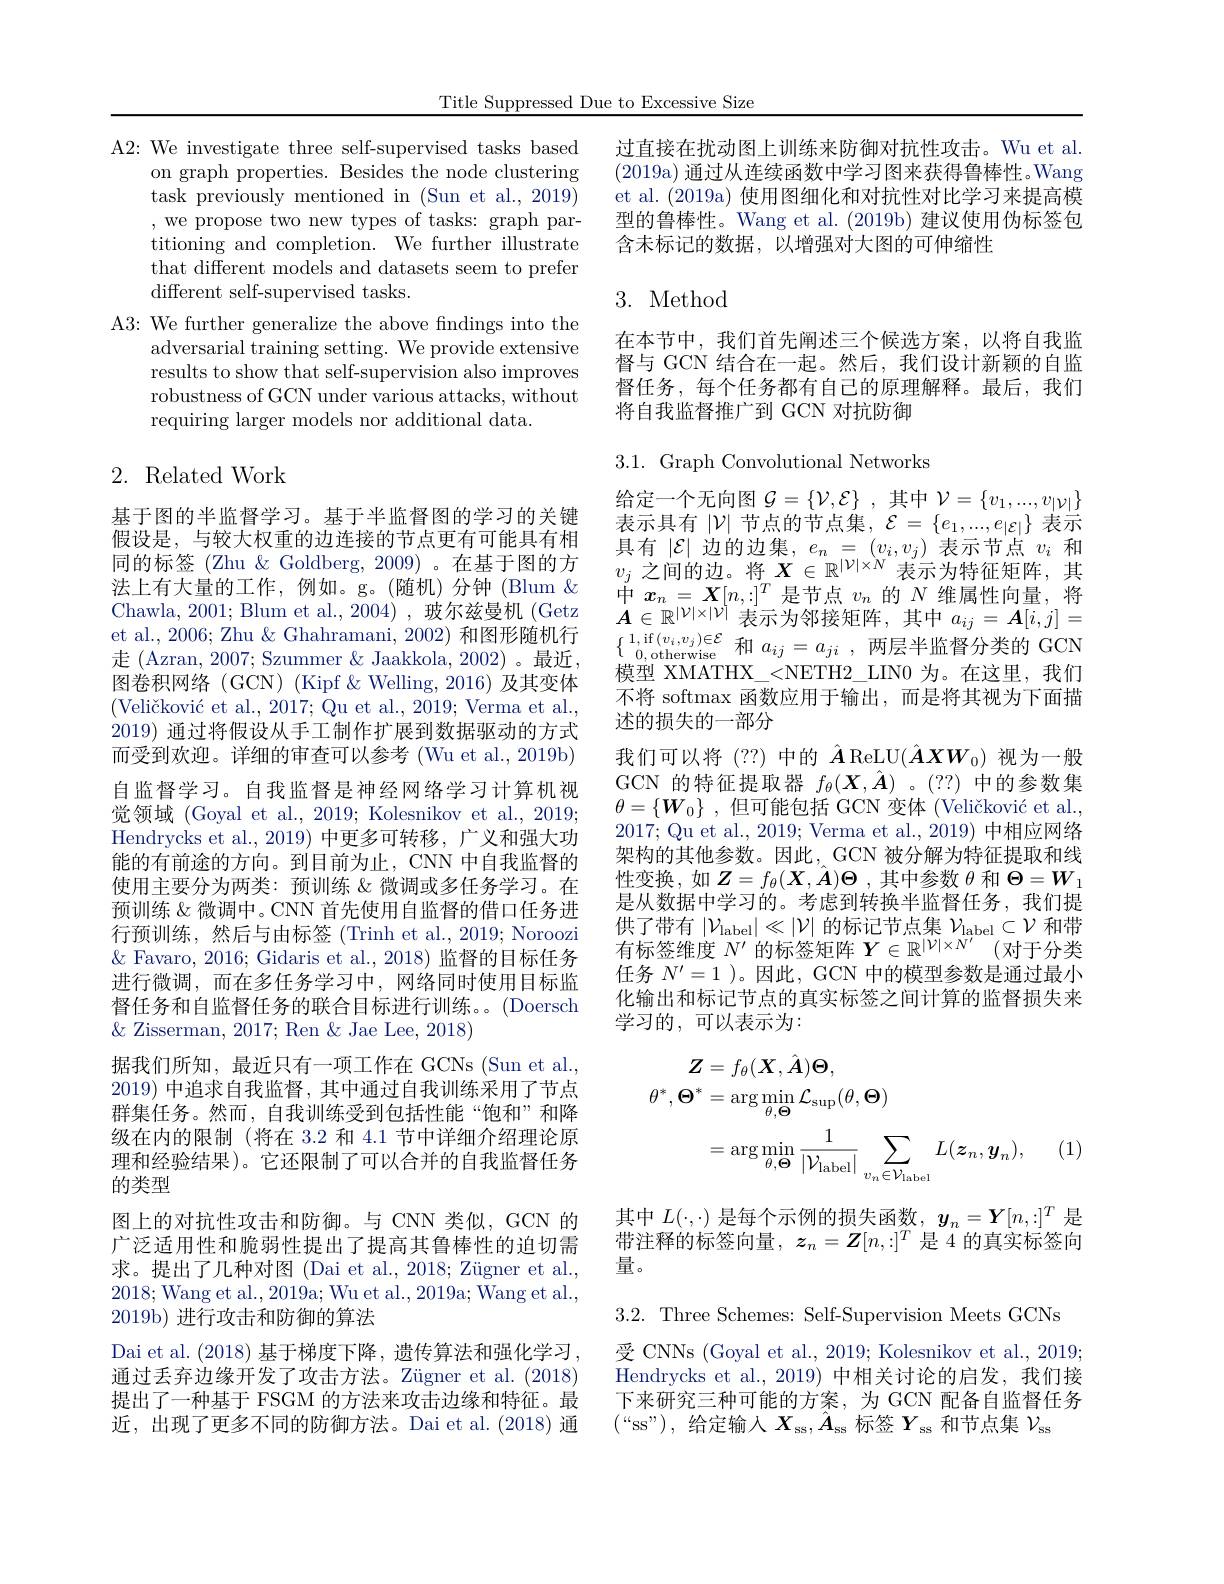
Title Suppressed Due to Excessive Size

A2: We investigate three self-supervised tasks based
on graph properties. Besides the node clustering task previously mentioned in (Sun et al., 2019) ,we propose two new types of tasks: graph partitioning and completion. We further illustrate that different models and datasets seem to prefer different self-supervised tasks.
A3: We further generalize the above fndings into the
adversarial training setting. We provide extensive results to show that self-supervision also improves robustness of GCN under various attacks, without requiring larger models nor additional data.

## 2. Related Work

基于图的半监督学习。基于半监督图的学习的关键假设是，与较大权重的边连接的节点更有可能具有相同的标签 (Zhu & Goldberg, 2009) 。在基于图的方法上有大量的工作，例如。g。(随机)分钟(Blum & Chawla, 2001; Blum et al., 2004), 玻尔兹曼机 (Getz et al., 2006; Zhu & Ghahramani, 2002) 和图形随机行走 (Azran, 2007; Szummer & Jaakkola, 2002)。最近， 图卷积网络 (GCN) (Kipf &Welling,2016) 及其变体$( \text{Veli\v {c}kovi\' {c}etal. , 2017; Quetal. , 2019; Vermaetal. }$, 2019) 通过将假设从手工制作扩展到数据驱动的方式而受到欢迎。详细的审查可以参考 (Wu et al., 2019b) 自监督学习。自我监督是神经网络学习计算机视觉领域 (Goyal et al., 2019; Kolesnikov et al., 2019; Hendrycks et al., 2019) 中更多可转移，广义和强大功能的有前途的方向。到目前为止，CNN 中自我监督的使用主要分为两类：预训练 &微调或多任务学习。在预训练&微调中。CNN 首先使用自监督的借口任务进行预训练，然后与由标签(Trinh et al., 2019; Noroozi $\&$ Favaro, 2016; Gidaris et al., 2018) 监督的目标任务进行微调，而在多任务学习中，网络同时使用目标监督任务和自监督任务的联合目标进行训练。。(Doersch) $\&$ Zisserman, 2017; Ren & Jae Lee, 2018)
据我们所知，最近只有一项工作在 GCNs (Sun et al. 2019) 中追求自我监督，其中通过自我训练采用了节点群集任务。然而，自我训练受到包括性能“饱和”和降级在内的限制 (将在 3.2 和 4.1 节中详细介绍理论原理和经验结果)。它还限制了可以合并的自我监督任务的类型
图上的对抗性攻击和防御。与 CNN 类似，GCN 的广泛适用性和脆弱性提出了提高其鲁棒性的迫切需求。提出了几种对图 (Dai et al., 2018; Zügner et al., 2018;Wang et al., 2019a; Wu et al., 2019a; Wang et al., 2019b) 进行攻击和防御的算法
Dai et al. (2018)基于梯度下降，遗传算法和强化学习。通过丢弃边缘开发了攻击方法。Zügner et al. (2018) 提出了一种基于 FSGM 的方法来攻击边缘和特征。最近，出现了更多不同的防御方法。Dai et al.(2018)通

过直接在扰动图上训练来防御对抗性攻击。Wu et al. (2019a) 通过从连续函数中学习图来获得鲁棒性。Wang et al. (2019a) 使用图细化和对抗性对比学习来提高模型的鲁棒性。Wang et al. (2019b) 建议使用伪标签包含未标记的数据，以增强对大图的可伸缩性

# 3. Method

在本节中，我们首先阐述三个候选方案，以将自我监督与 GCN 结合在一起。然后，我们设计新颖的自监督任务，每个任务都有自己的原理解释。最后，我们将自我监督推广到 GCN 对抗防御

$3.1.{\mathrm{~Graph~Convolutional~Networks}}$
给定一个无向图$\mathcal{G} = \{ \mathcal{V} , \mathcal{E} \}$ ,其中$\mathcal{V}=\{v_1,...,v_{|\mathcal{V}|}\}$ 表示具有$|\mathcal{V}|$节点的节点集，$\mathcal{E}=\{e_1,...,e_{|\mathcal{E}|}\}$表示$\begin{array}{l}{\text{具有}|\mathcal{E}|\text{ 边的边集，}e_n=(v_i,v_j)\text{ 表示节点 }v_i\text{ 和}}\\{v_j\text{ 之间的边。将 }X\in\mathbb{R}^{|\mathcal{V}|\times N}\text{ 表示为特征矩阵，其}}\end{array}$ 中$x_n=\boldsymbol{X}[n,:]^T$是节点$v_n$的$N$维属性向量，将$A\in\mathbb{R}^{|\mathcal{V}|\times|\mathcal{V}|}$表示为邻接矩阵，其中$a_ij=\boldsymbol A[i,j]=$ 模型 XMATHX\_<NETH2\_LIN0 为。在这里，我们不将 softmax 函数应用于输出，而是将其视为下面描述的损失的一部分
我们可以将(??)中的$\hat{\boldsymbol{A}}$ReLU$(\hat{\boldsymbol{A}}XW_0)$视为一般GCN 的特征提取器$f_\theta(\boldsymbol{X},\hat{\boldsymbol{A}})$。(??)中的参数集$\theta = \{ \boldsymbol{W}_0\}$ , 但可能包括 GCN 变体 (Veličković et al., 2017; Qu et al., 2019; Verma et al., 2019) 中相应网络架构的其他参数。因此，GCN 被分解为特征提取和线性变换，如$Z=f_\theta(\boldsymbol{X},\hat{\boldsymbol{A}})\boldsymbol{\Theta}$,其中参数$\theta$ 和 $\Theta=W_1$ 是从数据中学习的。考虑到转换半监督任务，我们提供了带有$| \mathcal{V} _\mathrm{label}| \ll | \mathcal{V} |$的标记节点集$\mathcal{V} _\mathrm{label}\subset \mathcal{V}$和带有标签维度$N^\prime$的标签矩阵$Y\in\mathbb{R}^|\mathcal{V}|\times N^{\prime}($对于分类任务$N^{\prime}=1$ )。因此，GCN 中的模型参数是通过最小化输出和标记节点的真实标签之间计算的监督损失来学习的，可以表示为：
$$\begin{aligned}\boldsymbol{Z}&=f_{\theta}(\boldsymbol{X},\hat{\boldsymbol{A}})\boldsymbol{\Theta},\\\theta^{*},\boldsymbol{\Theta}^{*}&=\arg\min_{\theta,\boldsymbol{\Theta}}\mathcal{L}_{\mathrm{sup}}(\theta,\boldsymbol{\Theta})\\&=\arg\min_{\theta,\boldsymbol{\Theta}}\frac{1}{|\mathcal{V}_{\mathrm{label}}|}\sum_{v_{n}\in\mathcal{V}_{\mathrm{label}}}L(\boldsymbol{z}_{n},\boldsymbol{y}_{n}),\end{aligned}$$
(1)

其中$L(\cdot,\cdot)$是每个示例的损失函数，$y_n=\boldsymbol{Y}[n,:]^T$是带注释的标签向量，$z_n=Z[n,:]^T$是 4 的真实标签向量。
3.2. Three Schemes: Self-Supervision Meets GCNs
受 CNNs (Goyal et al., 2019; Kolesnikov et al., 2019; Hendrycks et al.,2019)中相关讨论的启发，我们接下来研究三种可能的方案，为 GCN 配备自监督任务$(“$ss"), 给定输入$X_\mathrm{ss},\hat{A}_\mathrm{ss}$标签$Y_\mathrm{ss}$和节点集$\mathcal{V}_\mathrm{ss}$